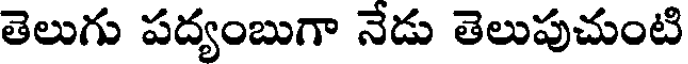
తెలుగు పద్యంబుగా నేడు తెలుపుచుంటి